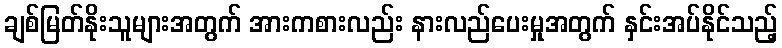
ချစ်မြတ်နိုးသူများအတွက် အားကစားလည်း နားလည်ပေးမှုအတွက် နှင်းအပ်နိုင်သည့်